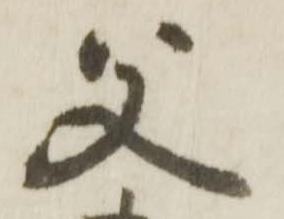
父